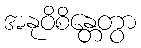
အနုဝိစိန္တေတွာ